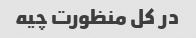
در کل منظورت چیه